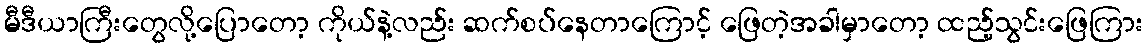
မီဒီယာကြီးတွေလို့ပြောတော့ ကိုယ်နဲ့လည်း ဆက်စပ်နေတာကြောင့် ဖြေတဲ့အခါမှာတော့ ထည့်သွင်းဖြေကြား